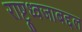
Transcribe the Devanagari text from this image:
राष्ट्रध्वजाबद्दल